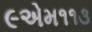
૯એમ૧૧૩